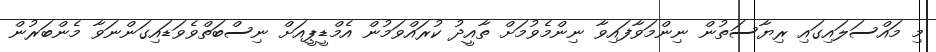
މި މައްސަލައިގައި ރިޔާސަތުން ނިންމަވާފައިވާ ނިންމެވުމަށް ތާއީދު ކުރައްވަމުން އެމްޑީޕީއަށް ނިސްބަތްވެވަޑައިގަންނަވާ މެންބަރުން